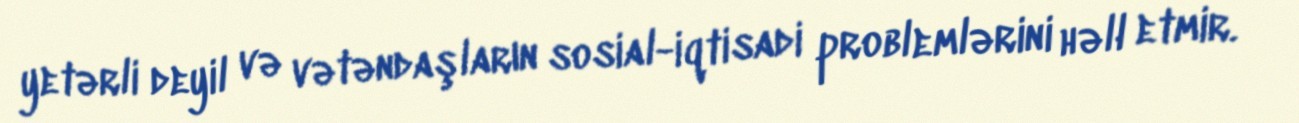
yetərli deyil və vətəndaşların sosial-iqtisadi problemlərini həll etmir.